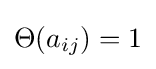
\Theta (a_{ij})=1